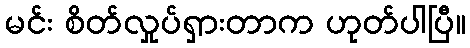
မင်း စိတ်လှုပ်ရှားတာက ဟုတ်ပါပြီ။